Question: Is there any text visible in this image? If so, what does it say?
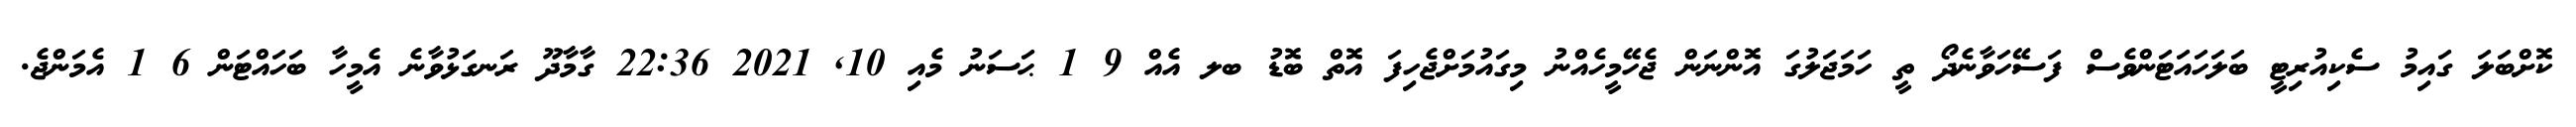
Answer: ކޮށްބަލަ ގައިމު ސެކިއުރިޓީ ބަލަހައަޓަންވެސް ފަސޭހަވާނެދޯ ތީ ހަމަޖަލުގަ އޮންނަން ޖެހޭމީހެއްނު މިގައުމަށްޖެހިފަ އޮތް ބޮޑު ބލ އެއް 9 1 ޙަސަނު މެއި 10, 2021 22:36 ގާމާދޫ ރަނގަޅުވާނެ އެމީހާ ބަހައްޓަން 6 1 އެމަންޖެ.